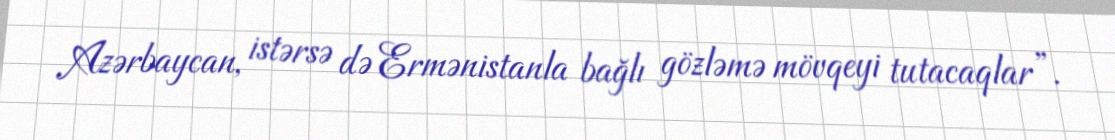
Azərbaycan, istərsə də Ermənistanla bağlı gözləmə mövqeyi tutacaqlar”.